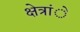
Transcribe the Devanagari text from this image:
क्षेत्रांे